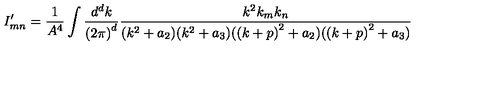
I _ { m n } ^ { \prime } = \frac { 1 } { A ^ { 4 } } \int \frac { d ^ { d } k } { { ( 2 \pi ) } ^ { d } } \frac { k ^ { 2 } k _ { m } k _ { n } } { ( k ^ { 2 } + a _ { 2 } ) ( k ^ { 2 } + a _ { 3 } ) ( { ( k + p ) } ^ { 2 } + a _ { 2 } ) ( { ( k + p ) } ^ { 2 } + a _ { 3 } ) }